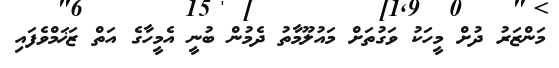
މަންޒަރު ދުށް މީހަކު ވަގުތަށް މައުލޫމާތު ދެމުން ބުނީ އެމީހާގެ އަތް ޒަޚަމްވެފައި